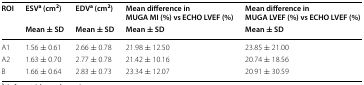
| <ROWSPAN=2> ROI | ESVa (cm2) | EDVa (cm2) | Mean difference in MUGA MI (%) vs ECHO LVEF (%) | Mean difference in MUGA LVEF (%) vs ECHO LVEF (%) |
 | Mean ± SD | Mean ± SD | Mean ± SD | Mean ± SD |
 | --- | --- | --- | --- | --- |
 | A1 | 1.56 ± 0.61 | 2.66 ± 0.78 | 21.98 ± 12.50 | 23.85 ± 21.00 |
 | A2 | 1.63 ± 0.70 | 2.77 ± 0.78 | 21.42 ± 10.16 | 20.74 ± 18.56 |
 | B | 1.66 ± 0.64 | 2.83 ± 0.73 | 23.34 ± 12.07 | 20.91 ± 30.59 |